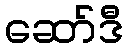
ဆော်ဒီ